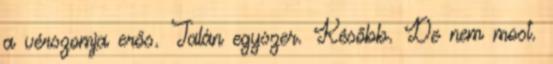
a vérszomja erős. Talán egyszer. Később. De nem most.